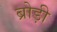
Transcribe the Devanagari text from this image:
ब्रोड़ी